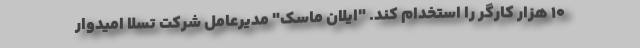
10 هزار کارگر را استخدام کند. "ایلان ماسک" مدیرعامل شرکت تسلا امیدوار